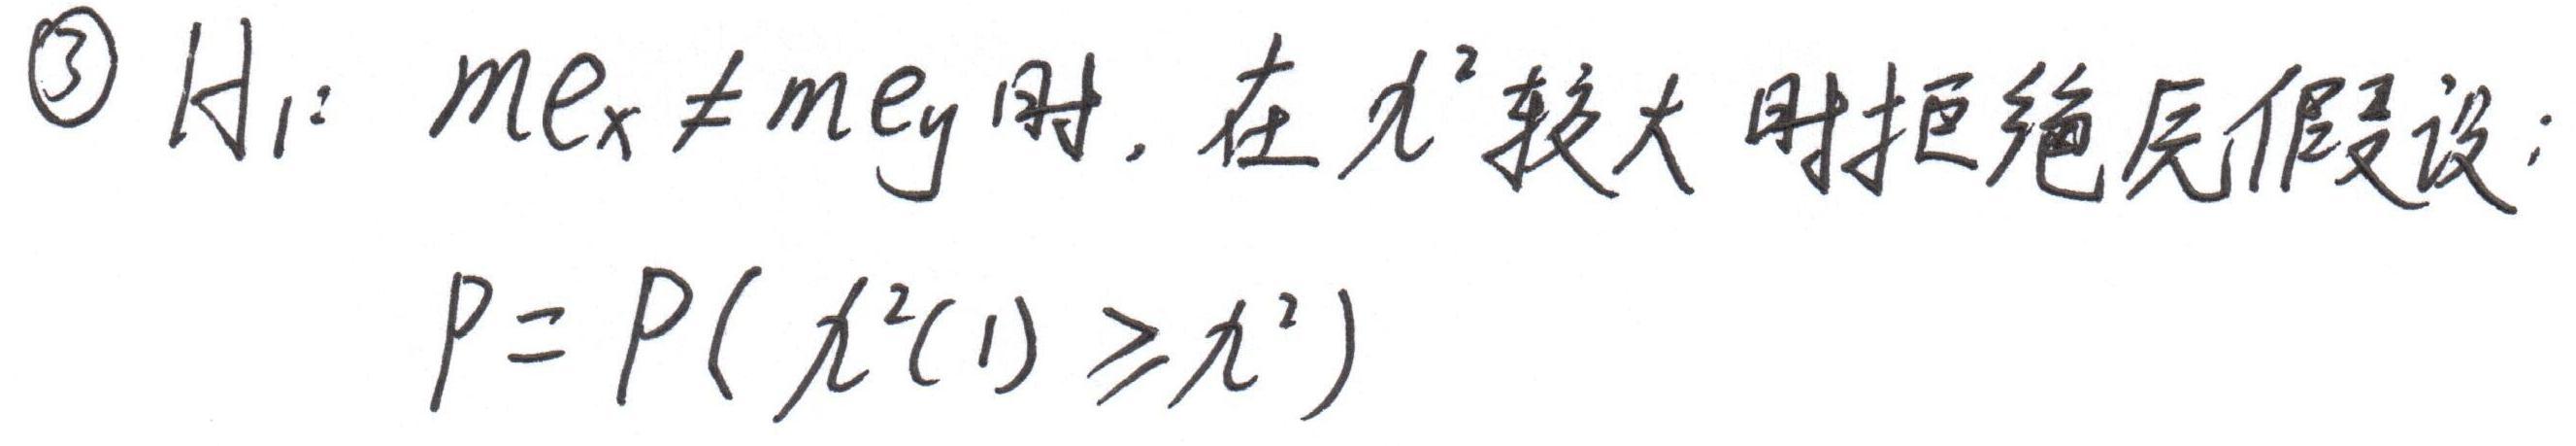
\textcircled{3} $H_1: me_x\neq me_y$ 时, 在 $\chi^2$ 较大时拒绝原假设:
$P = P(\chi^2(1)\geqslant\chi^2)$